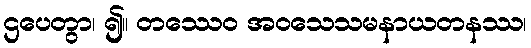
ဌပေတွာ၊ ၍။ တဿေဝ အဝသေသမနာယတနဿ၊